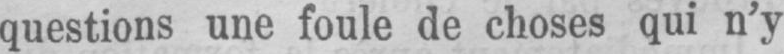
questions une foule de choses qui n’y